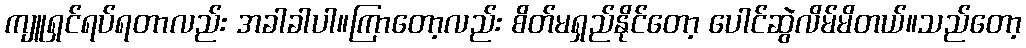
ကျူရှင်ရပ်ရတာလည်း အခါခါပါ။ကြာတော့လည်း စိတ်မရှည်နိုင်တော့ ပေါင်ဆွဲလိမ်မိတယ်။သည်တော့